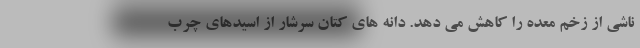
ناشی از زخم معده را کاهش می دهد. دانه های کتان سرشار از اسیدهای چرب